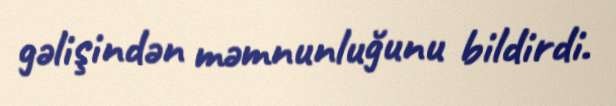
gəlişindən məmnunluğunu bildirdi.